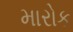
મારોક